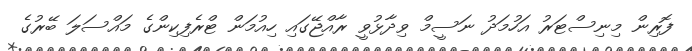
ފޮރިން މިނިސްޓަރު އަހުމަދު ނަސީމް ވިދާޅުވީ ރާއްޖޭގައި ހިއުމަން ޓްރެފިކިންގެ މައްސަލަ ބޭރުގެ